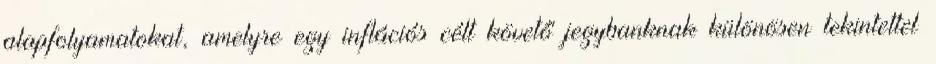
alapfolyamatokat, amelyre egy inflációs célt követő jegybanknak különösen tekintettel